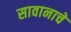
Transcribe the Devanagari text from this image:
सावानाचे